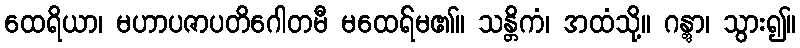
ထေရိယာ၊ မဟာပဇာပတိဂေါတမီ မထေရ်မ၏။ သန္တိကံ၊ အထံသို့။ ဂန္တွာ၊ သွား၍။